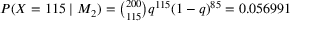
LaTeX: \textstyle P ( X = 1 1 5 \mid M _ { 2 } ) = { { \binom { 2 0 0 } { 1 1 5 } } q ^ { 1 1 5 } ( 1 - q ) ^ { 8 5 } } = 0 . 0 5 6 9 9 1